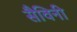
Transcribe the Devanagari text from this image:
सैविनी